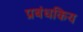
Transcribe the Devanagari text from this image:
प्रबंधकिय